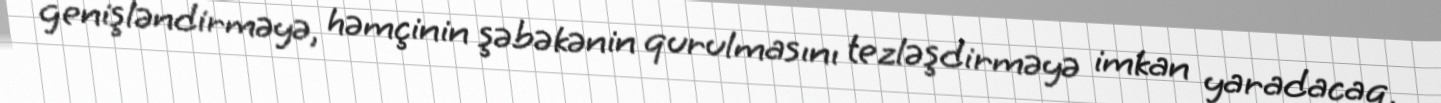
genişləndirməyə, həmçinin şəbəkənin qurulmasını tezləşdirməyə imkan yaradacaq.